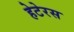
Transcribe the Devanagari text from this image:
हेटेरस